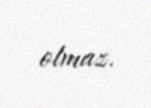
olmaz.